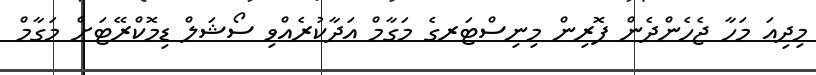
މިދިއަ މަހާ ޖެހެންދެން ފޮރިން މިނިސްޓަރގެ މަގާމް އަދާކުރެއްވި ސޯޝަލް ޑިމޮކްރޭޓަށް މަގާމް